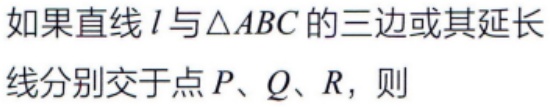
如果直线\(l\)与\(\triangle ABC\)的三边或其延长线分别交于点\(P、Q、R\)，则